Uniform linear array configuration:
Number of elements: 16
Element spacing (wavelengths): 0.5
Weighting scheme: uniform
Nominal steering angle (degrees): -15
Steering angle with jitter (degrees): -15.502
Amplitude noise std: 0.05
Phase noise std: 0.05

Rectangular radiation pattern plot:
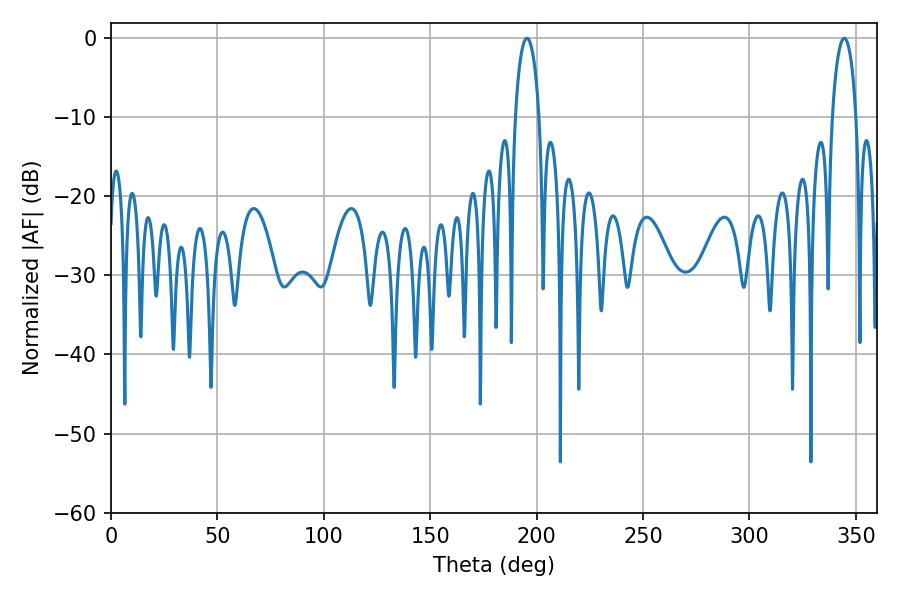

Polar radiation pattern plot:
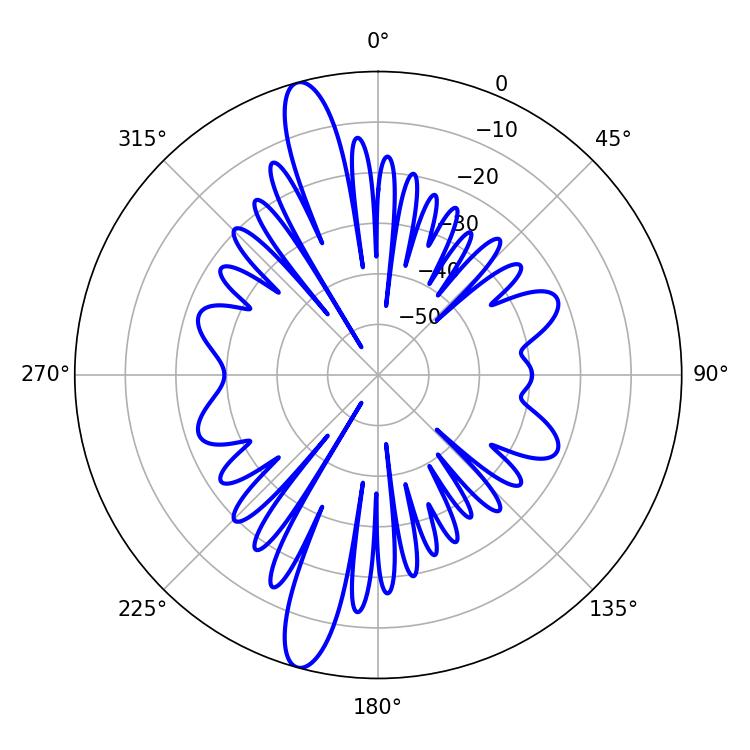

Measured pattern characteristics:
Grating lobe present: FALSE
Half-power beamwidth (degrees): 6.48
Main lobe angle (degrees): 344.52